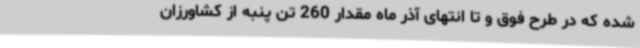
شده که در طرح فوق و تا انتهای آذر ماه مقدار 260 تن پنبه از کشاورزان